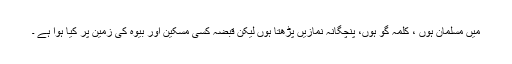
میں مسلمان ہوں ، کلمہ گو ہوں، پنچگانہ نمازیں پڑھتا ہوں لیکن قبضہ کسی مسکین اور بیوہ کی زمین پر کیا ہوا ہے ۔